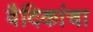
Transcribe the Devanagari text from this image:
वैदिकांचा